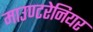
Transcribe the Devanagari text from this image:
माउण्टरेनियर